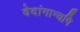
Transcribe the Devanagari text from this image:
वेदांगान्यपि